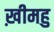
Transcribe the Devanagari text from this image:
ख़ीमहु